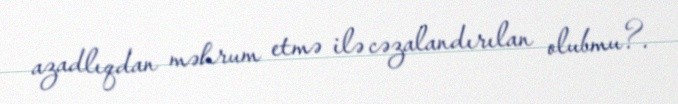
azadlıqdan məhrum etmə ilə cəzalandırılan olubmu?.